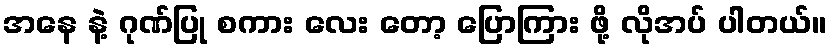
အနေ နဲ့ ဂုဏ်ပြု စကား လေး တော့ ပြောကြား ဖို့ လိုအပ် ပါတယ်။